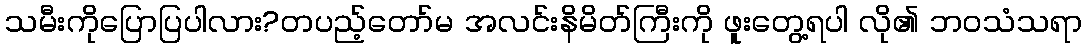
သမီးကိုပြောပြပါလား?တပည့်တော်မ အလင်းနိမိတ်ကြီးကို ဖူးတွေ့ရပါ လို၏ ဘဝသံသရာ